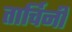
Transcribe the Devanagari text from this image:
तार्चिनी